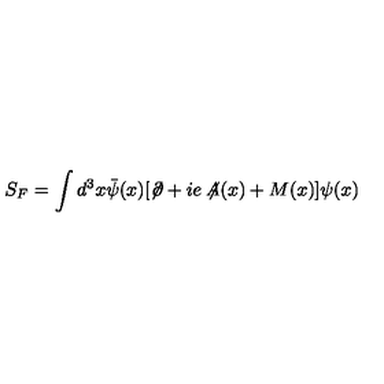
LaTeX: S _ { F } = \int d ^ { 3 } x \bar { \psi } ( x ) [ \not \! \partial + i e \not \! \! A ( x ) + M ( x ) ] \psi ( x )